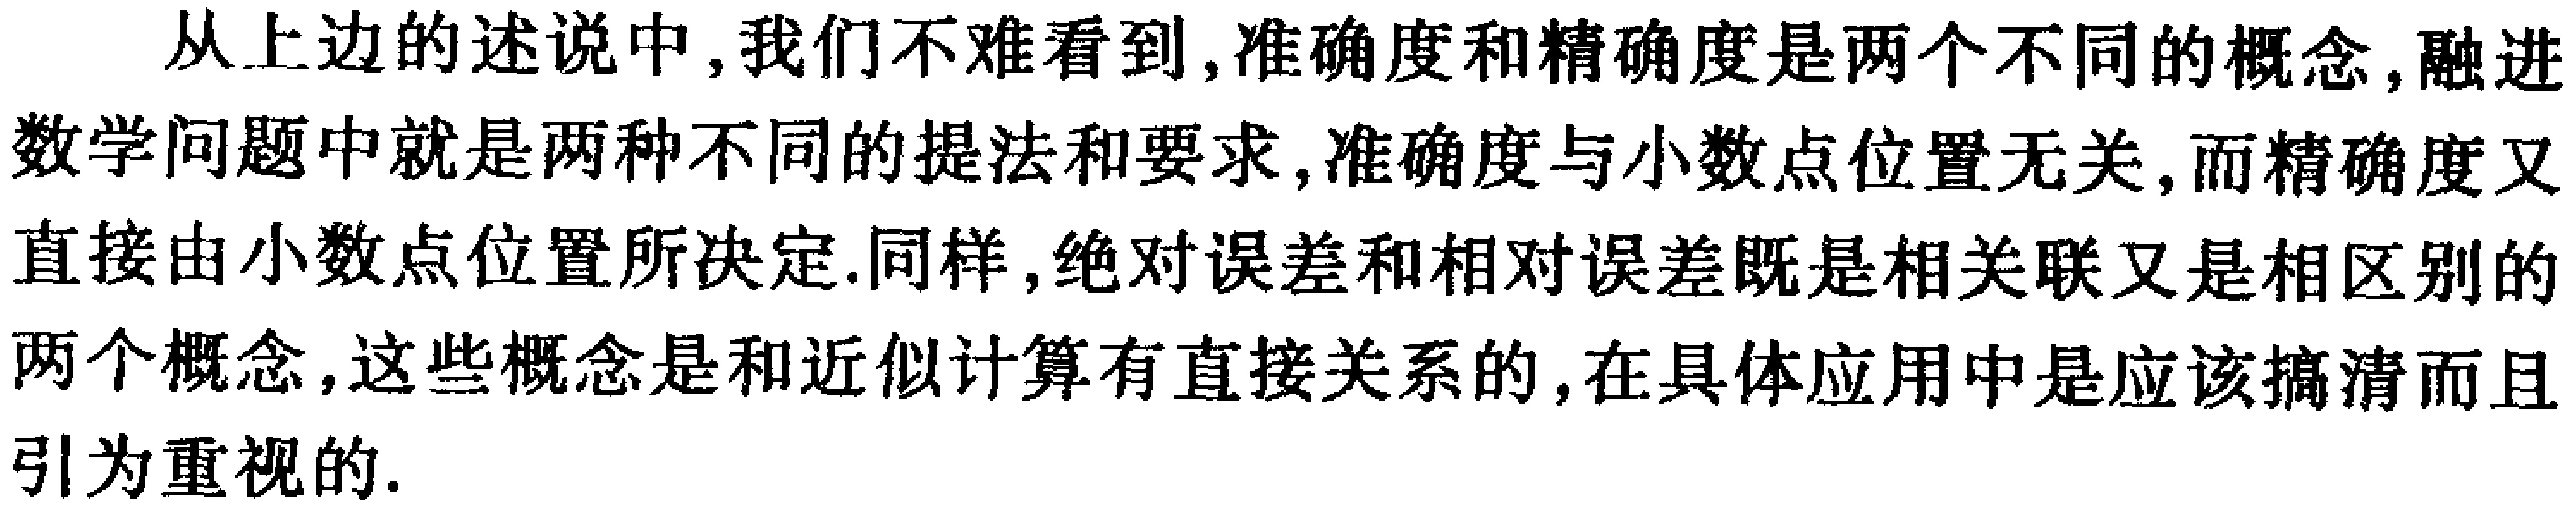
从上边的述说中,我们不难看到,准确度和精确度是两个不同的概念,融进数学问题中就是两种不同的提法和要求,准确度与小数点位置无关,而精确度又直接由小数点位置所决定.同样,绝对误差和相对误差既是相关联又是相区别的两个概念,这些概念是和近似计算有直接关系的,在具体应用中是应该搞清而且引为重视的.